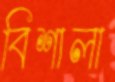
বিশালা